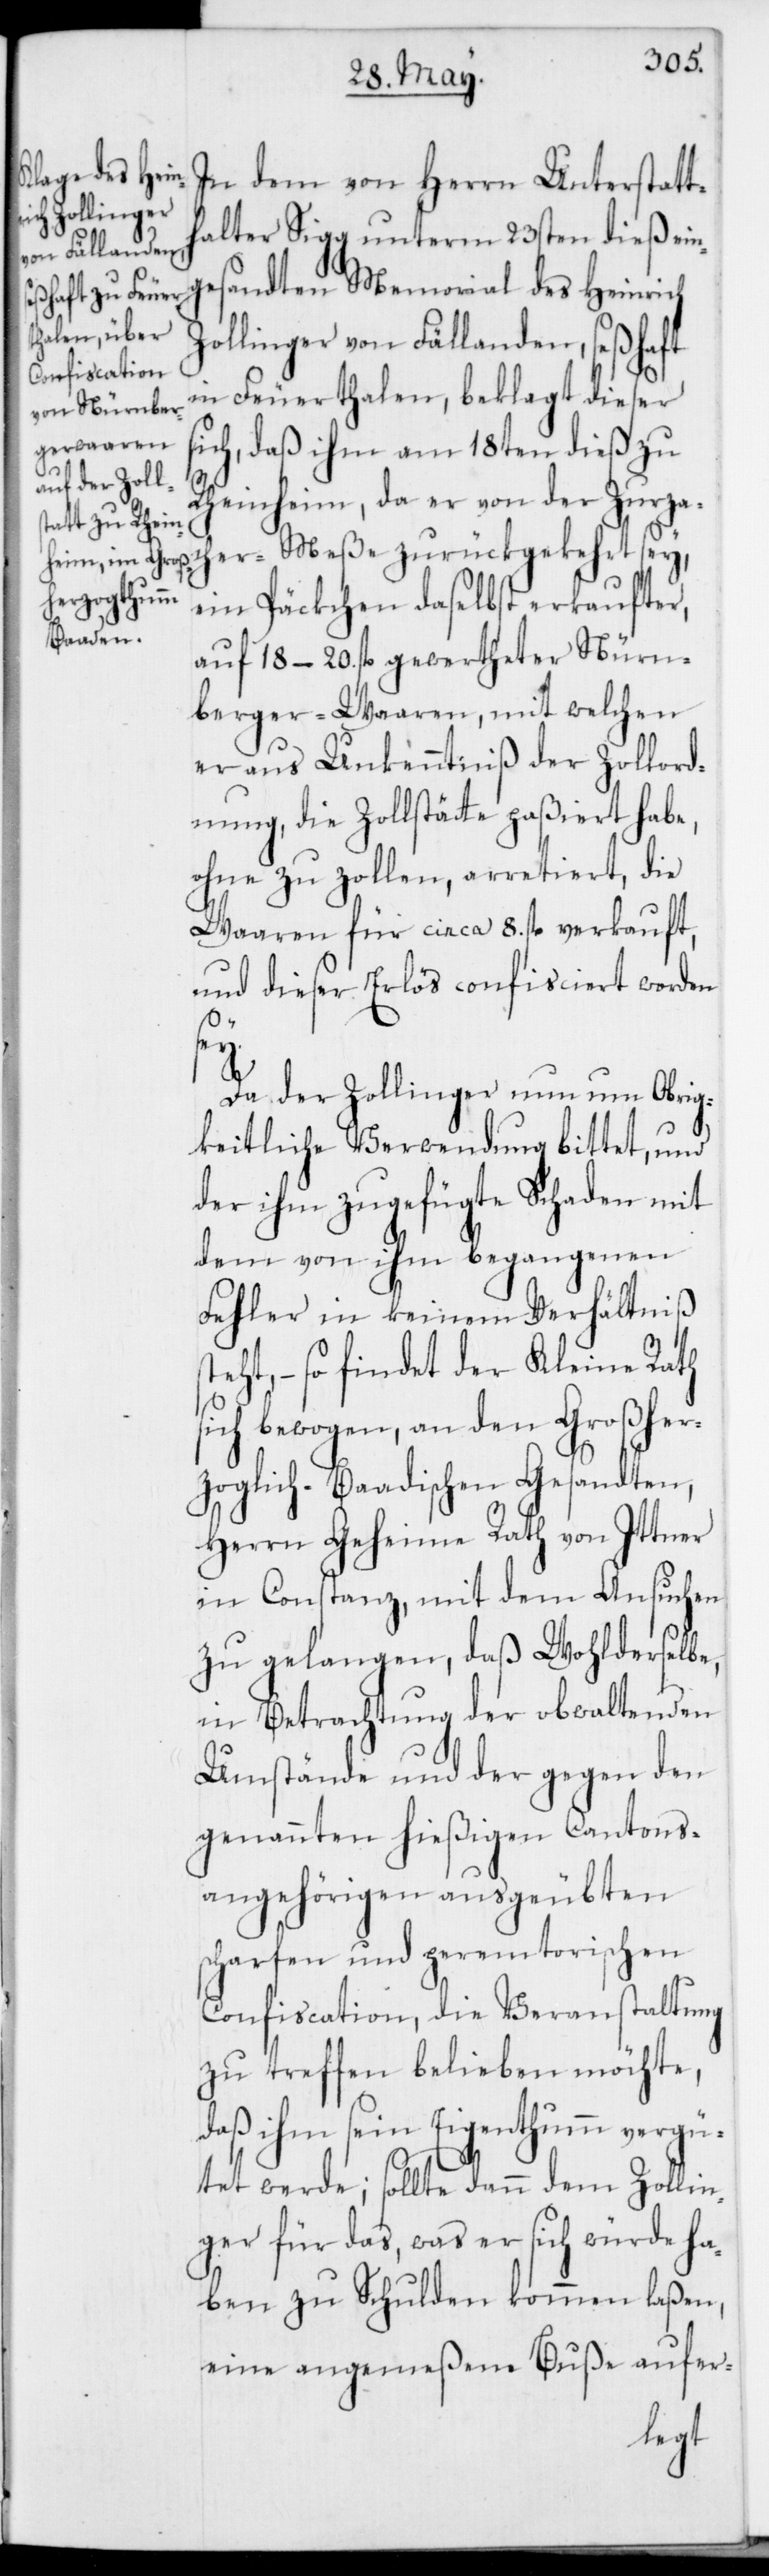
In dem von Herrn Unterstatt¬
halter Sigg unterm 23sten dieß ein¬
gesandten Memorial des Heinrich
cher-Meße
Zollinger von Fällanden, seßhaft
in Feuerthalen, beklagt dieser
ich, daß ihm am 18ten dieß zu
Rheinheim, da er von der Zurza¬
ein Päckchen daselbst erkaufter,
auf 18–20 fl. gewertheter Nürn¬
berger-Waaren, mit welchen
er aus Unkenntniß der Zollord¬
nung, die Zollstätte paßiert habe,
ohne zu zollen, arretiert, die
Waaren für circa 8. fl. verkauft,
und dieser Erlös confisciert worden
sey.
s¬
Da der Zollinger nun um Obrig¬
keitliche Verwendung bittet, und
der ihm zugefügte Schaden mit
dem von ihm begangenen
Fehler in keinem Verhältniß
teht, – so findet der Kleine Rath
sich bewogen, an den Großher¬
zoglich-Baadischen Gesandten,
Herrn Geheime Rath von Ittner
in Constanz, mit dem Ansuchen
zu gelangen, daß Wohlderselbe,
in Betrachtung der obwaltenden
Umstände und der gegen den
genannten hießigen Cantons¬
angehörigen ausgeübten
scharfen und peremtorischen
Confiscation, die Veranstaltung
zu treffen belieben möchte,
daß ihm sein Eigenthumm vergü¬
tet werde; sollte dann dem Zollin¬
ger für das, was er sich würde ha¬
ben zu Schulden kommen laßen,
eine angemeßene Buße aufer-